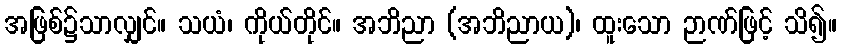
အဖြစ်၌သာလျှင်။ သယံ၊ ကိုယ်တိုင်။ အဘိညာ (အဘိညာယ)၊ ထူးသော ဉာဏ်ဖြင့် သိ၍။